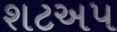
શટઅપ